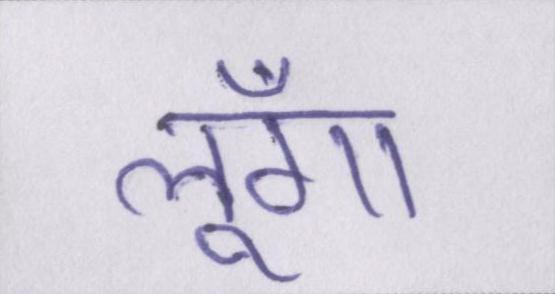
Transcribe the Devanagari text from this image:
लूँगा